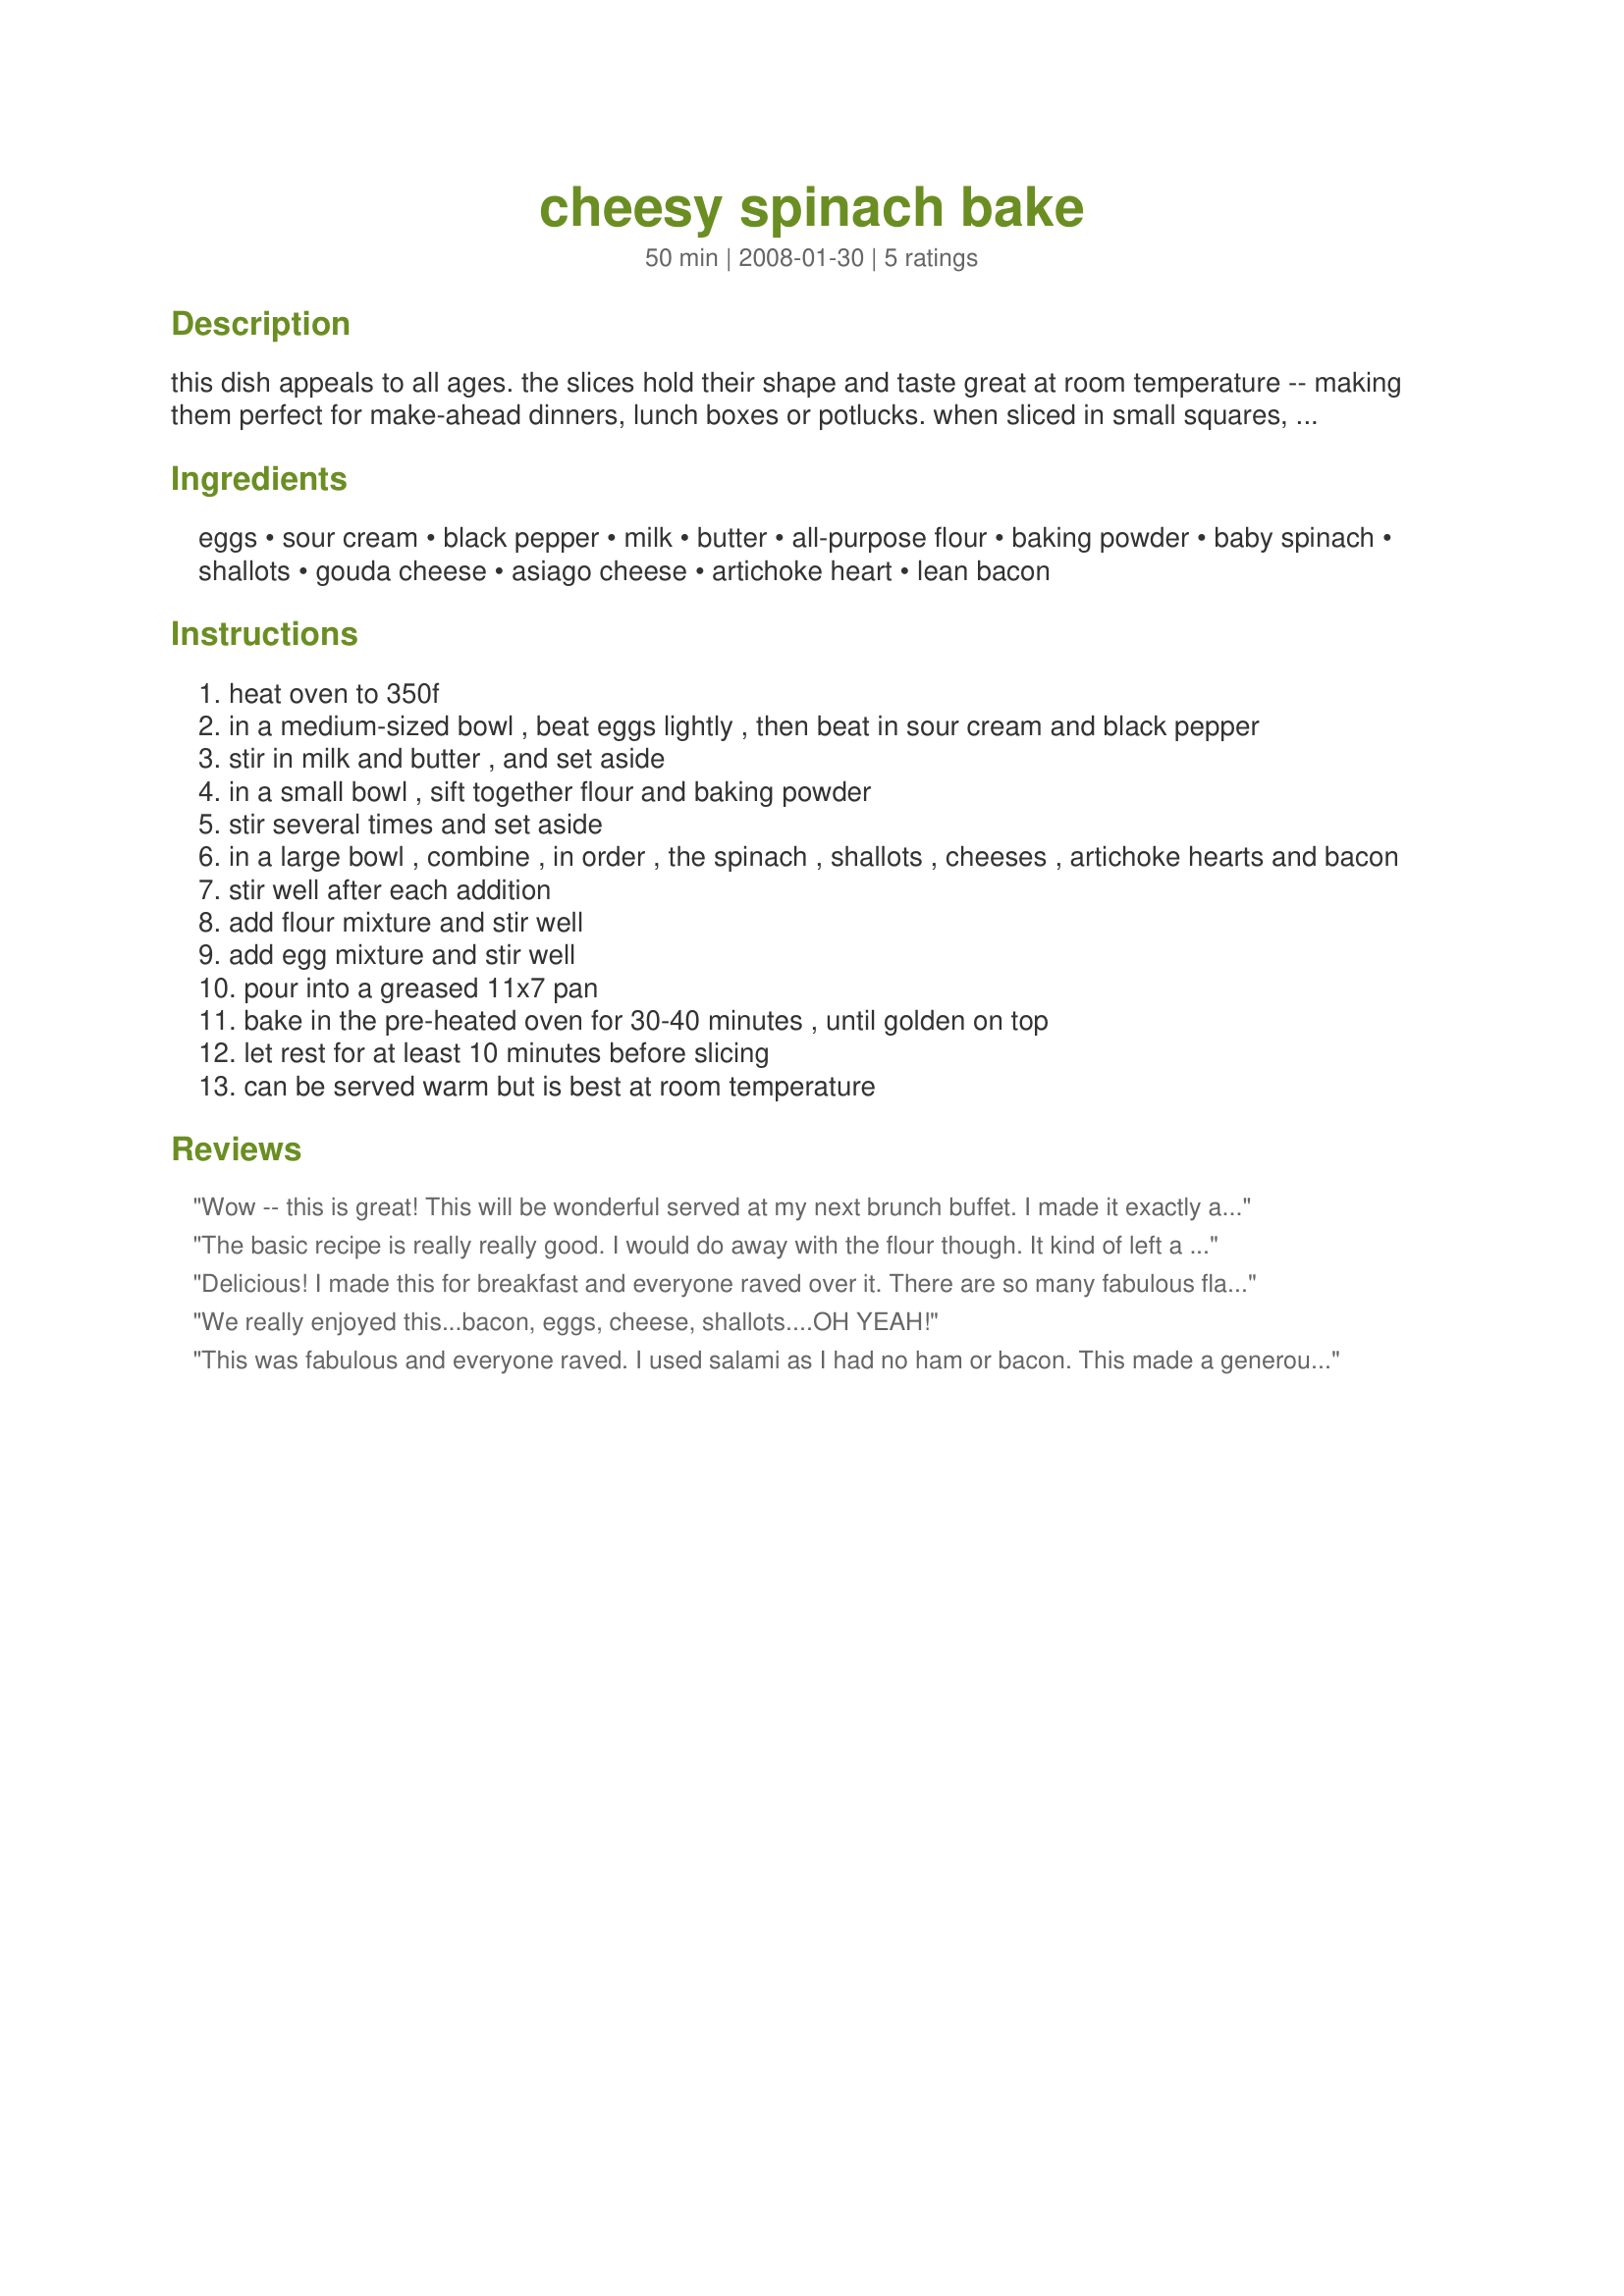
cheesy spinach bake
Preparation time: 50 minutes

this dish appeals to all ages. the slices hold their shape and taste great at room temperature -- making them perfect for make-ahead dinners, lunch boxes or potlucks. when sliced in small squares, they make great finger food, too. created for rsc#11, and definitely a dish i'll make often in the future.

Ingredients:
eggs, sour cream, black pepper, milk, butter, all-purpose flour, baking powder, baby spinach, shallots, gouda cheese, asiago cheese, artichoke heart, lean bacon

Steps:
heat oven to 350f
in a medium-sized bowl , beat eggs lightly , then beat in sour cream and black pepper
stir in milk and butter , and set aside
in a small bowl , sift together flour and baking powder
stir several times and set aside
in a large bowl , combine , in order , the spinach , shallots , cheeses , artichoke hearts and bacon
stir well after each addition
add flour mixture and stir well
add egg mixture and stir well
pour into a greased 11x7 pan
bake in the pre-heated oven for 30-40 minutes , until golden on top
let rest for at least 10 minutes before slicing
can be served warm but is best at room temperature

Reviews:
Wow -- this is great! This will be wonderful served at my next brunch buffet. I made it exactly as written, and including not cooking the bacon first -- was I supposed to cook it first? If so, at least I used smoked bacon!
The basic recipe is really really good. I would do away with the flour though. It kind of left a pasty after-taste. VERY good though. I think I would make this for breakfast! We really enjoyed it, next time will skip the flour and cook it a little longer.
Delicious! I made this for breakfast and everyone raved over it. There are so many fabulous flavors going on in this dish - gouda, asiago, bacon, and artichokes - no wonder everyone loved it. I used a smoke gouda (which I think is a must), and artichoke bottoms instead of hearts (they're less woody and my preference in cooking). I baked this in a 7x11" dish for 45 mins. Served with sour cream and salsa, although neither were needed as it was so good by itself. Thanks for sharing this wonderful recipe...it is definitely a keeper!
*Made for Aus/NZ swap #20*
We really enjoyed this...bacon, eggs, cheese, shallots....OH YEAH!
This was fabulous and everyone raved. I used salami as I had no ham or bacon. This made a generous amount and 4 people ate well. DS took recipe printout home even !!
